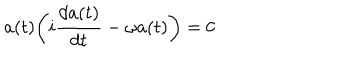
a ( t ) \biggl ( i { \frac { d a ( t ) } { d t } } - \omega a ( t ) \biggr ) = 0